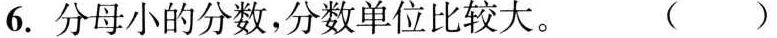
6.分母小的分数，分数单位比较大。( )